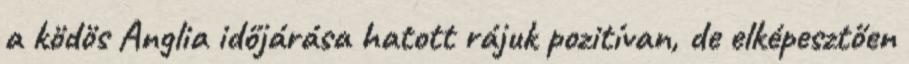
a ködös Anglia időjárása hatott rájuk pozitívan, de elképesztően